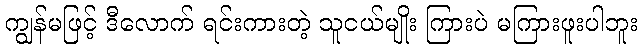
ကျွန်မဖြင့် ဒီလောက် ရင်းကားတဲ့ သူငယ်မျိုး ကြားပဲ မကြားဖူးပါဘူး